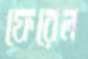
ফেরেল